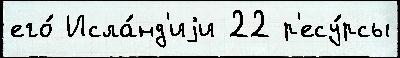
его́ Исла́нд'иjи 22 р'есу́рсы